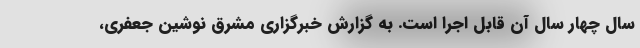
سال چهار سال آن قابل اجرا است. به گزارش خبرگزاری مشرق نوشین جعفری،